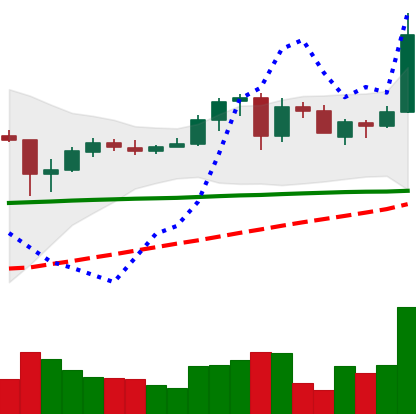
Ticker: ADA-USD
Chart end date: 2020-05-28
Forward return: 21.526%
Label: up_7plus